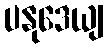
ပနုဒေယျ